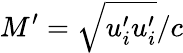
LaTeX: {M}^{\prime}=\sqrt{{u}_{i}^{\prime}{u}_{i}^{\prime}}/c